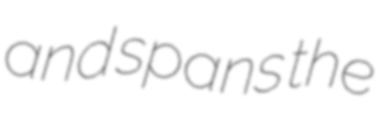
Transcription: and spans the